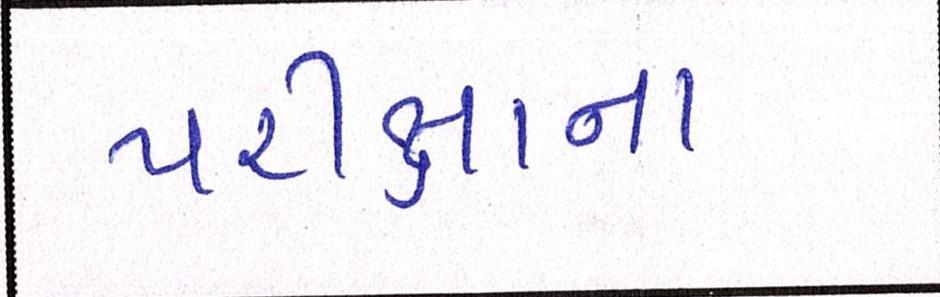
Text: પરીક્ષાના